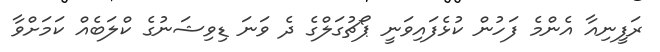
ރަފީނިއާ އެންމެ ފަހުން ކުޅެފައިވަނީ ޕޯޗުގަލްގެ ދެ ވަނަ ޑިވިޝަނުގެ ކްލަބެއް ކަމަށްވާ